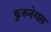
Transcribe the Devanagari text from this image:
कुरुनेगल